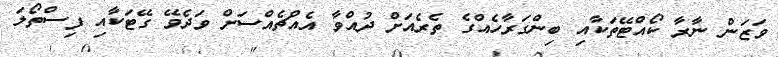
ވަޒަން ނާރާ ކޯއްޓޭތަކާއި ބިންގަރާހެއްގެ ތެރެއަށް ދުއްވާ އެއްޗެއްސަށް ވަދެވޭ ގޭޓަކާއި ފިސްތޯލަ